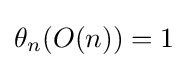
\theta _{n}(O(n))=1